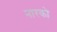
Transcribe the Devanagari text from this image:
नारको